system: You are a helpful assistant.
user:
Analyze the provided spectrum to determine if it is a **White Dwarf (WD)**.

A White Dwarf spectrum is defined by its **extreme purity** (due to gravitational settling) and/or **extreme pressure broadening** (due to high surface gravity). You must check for one of the following mutually exclusive signatures:

- **Key Visual Indicators (Check for ONE of these types):**

    - **1. DA-Type Signature (Most Common):**
        - **(Primary Feature):** Extreme pressure broadening (Stark broadening) of the **Hydrogen (H) Balmer lines**.
        - **(Key Lines):** $H\beta$ (approx. $4861$ Å) and $H\gamma$ (approx. $4340$ Å). $H\alpha$ (approx. $6563$ Å) will also be present if the wavelength range covers it.
        - **(Line Profile):** This is the **defining feature**. The lines are **NOT** sharp. They appear as massive, **extremely broad and deep "troughs" or "dips"** in the spectrum, often hundreds of Ångströms wide. The continuum will appear to "scoop" down at these wavelengths.
        - **(Distinction):** Normal A-type or B-type stars have *narrow* and *sharp* Hydrogen lines. A DA White Dwarf's lines are unmistakably "smeared" or "blurry" from pressure.

    - **2. DB-Type Signature:**
        - **(Primary Feature):** Broad absorption lines from **Neutral Helium (He I)**. The spectrum must lack any visible Hydrogen lines.
        - **(Key Lines):** Look for broad absorption near $4471$ Å, $4921$ Å, and $5876$ Å.
        - **(Line Profile):** These lines are also significantly pressure-broadened, appearing much wider than they would in a normal B-type main-sequence star.

    - **3. DC-Type Signature:**
        - **(Primary Feature):** A **featureless continuous spectrum**.
        - **(Line Profile):** The spectrum is a smooth curve with **no significant absorption or emission lines**.
        - **(Key Confirmation):** The continuum is almost always **blue or white**, indicating a hot object. This signature implies the atmosphere is so pure (or so cool) that no spectral lines are visible in the optical range. Its WD identity is confirmed by its extremely low intrinsic brightness (high absolute magnitude).

    - **4. DZ-Type Signature (Metal-Polluted):**
        - **(Primary Feature):** **Isolated, narrow metal absorption lines** on an otherwise featureless (DC-like) continuum.
        - **(Key Lines):** The **Calcium (Ca II) H & K doublet** (approx. **$3934$ Å** and **$3968$ Å**) is the most common and defining feature.
        - **(Line Profile):** These lines are "out of place." They are *not* part of a "forest" of thousands of lines. This signature is evidence of recent *accretion* (pollution) from rocky debris.
        - **(Distinction):** Normal G/K/M stars have a *dense forest* of thousands of metal lines. A DZ has a *clean* continuum with *only a few* strong metal lines.

    - **5. DQ-Type Signature (Carbon-Polluted):**
        - **(Primary Feature):** Absorption bands from **Carbon (C₂ "Swan Bands" or atomic C I)**.
        - **(Key Lines - C₂):** Look for bandheads with a "saw-tooth" shape near $5635$ Å, **$5165$ Å** (strongest), and $4737$ Å.
        - **(Key Confirmation):** The underlying **continuum must be blue or white** (hot).
        - **(Distinction):** This is the critical difference from a **Carbon Star**, which has the *exact same* C₂ bands but on an extremely **red, cool** continuum.

- **(Overall Spectrum):**
    - The continuum (overall shape) is typically **blue-sloping** (brighter in the blue than the red), as most white dwarfs are very hot.
    - The spectrum will look "pure" or "simple," dominated by only *one* of the five signatures listed above.

Think first, call **spectral_visualization_tool** if needed to examine features in detail, then provide your final answer. Your response must adhere to the following strict rules:
1.  **Overall Structure:** Your response must follow the format `<think>...</think> <tool_call>...</tool_call> (if a tool is used) <answer>...</answer>`.
2.  **Tool Usage Constraint:** You may only make **one** tool call per turn.
3.  **Final Answer Format:** In the `<answer>` tag, your conclusion must be inside a `\boxed{}` command (e.g., `\boxed{YES}` or `\boxed{NO}`), followed by your justification.

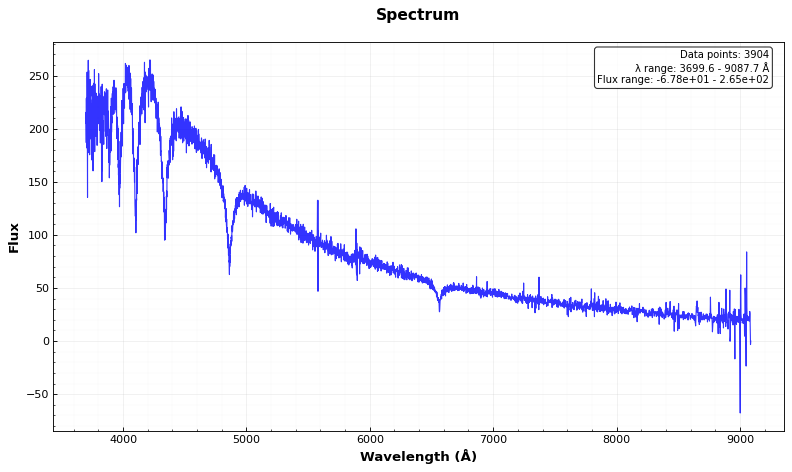
Answer: YES